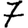
Digit: 7